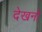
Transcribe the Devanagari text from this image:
देखनो